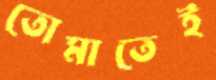
তোমাতেই